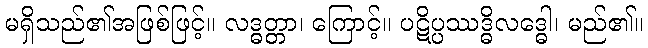
မရှိသည်၏အဖြစ်ဖြင့်။ လဒ္ဓတ္တာ၊ ကြောင့်။ ပဋိပ္ပဿဒ္ဓိလဒ္ဓေါ၊ မည်၏။